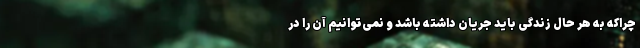
چراکه به هر حال زندگی باید جریان داشته باشد و نمی‌توانیم آن را در